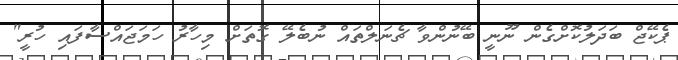
ޕެކޭޖް ބަދަލުކޮށްގެން ނޫނީ ބޭނުންވާ ޗެނަލްތައް ނުބެލޭ ގޮތަށް މިހާރު ހަމަޖައްސާފައި ހުރީ"